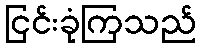
ငြင်းခုံကြသည်